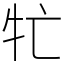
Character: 牤